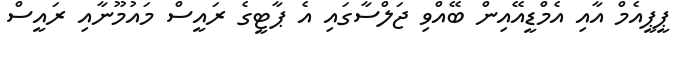
ޕީޕީއެމް އާއި އެމްޑީއޭއިން ބޭއްވި ޖަލްސާގައި އެ ޕާޓީގެ ރައީސް މައުމޫނާއި ރައީސް